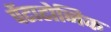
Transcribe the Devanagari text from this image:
पेंटाटोनिक